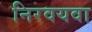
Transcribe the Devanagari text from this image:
निरवयवा